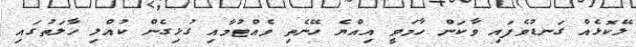
ލޭކޮޅެއް ގަނޑުވެފައި ވާކަން ހާމަވީ އިއްޔެ ހޭނެތި ވެއްޓުމާއި ގުޅިގެން ކުއްލި ހާލަތުގައި